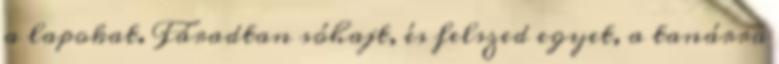
a lapokat. Fáradtan sóhajt, és felszed egyet, a tanárra